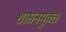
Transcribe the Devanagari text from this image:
शासनमुक्त